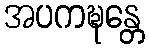
အပကဍ္ဎန္တေ